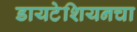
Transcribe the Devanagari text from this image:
डायटेशियनचा